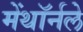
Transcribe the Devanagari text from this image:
मेंथॉर्नले